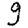
Digit: 9